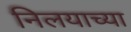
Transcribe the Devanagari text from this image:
निलयाच्या